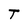
Character: T